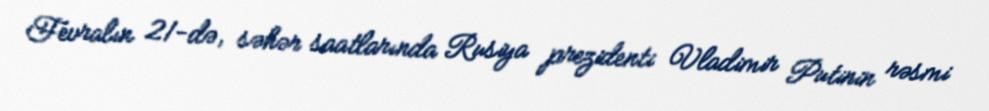
Fevralın 21-də, səhər saatlarında Rusiya prezidenti Vladimir Putinin rəsmi